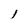
Character: I